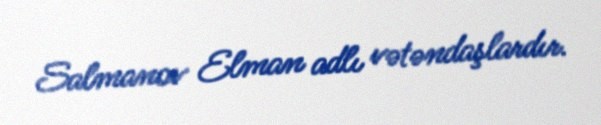
Salmanov Elman adlı vətəndaşlardır.